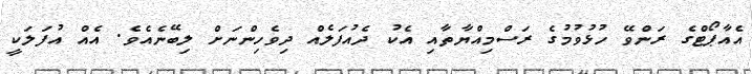
އެއާޕޯޓްގެ ރަންވޭ ހުޅުވުމުގެ ރަސްމިއްޔާތާއި އެކު ދެއުފަލެއް ދިވެހިންނަށް ލިބޭނެއެވެ. އެއް އުފަލަކީ